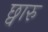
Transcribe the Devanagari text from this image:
छ्वारु